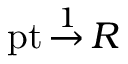
\operatorname { p t } { \stackrel { 1 } { \to } } \, R